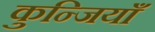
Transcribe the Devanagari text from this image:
कुन्जियाँ